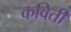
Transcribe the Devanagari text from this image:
कविती